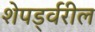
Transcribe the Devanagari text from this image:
शेपर्ड्वरील